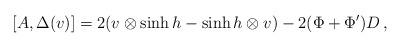
LaTeX: \begin{align*}[A,\Delta(v)]=2(v\otimes \sinh h-\sinh h\otimes v)-2(\Phi+\Phi')D\,, \end{align*}